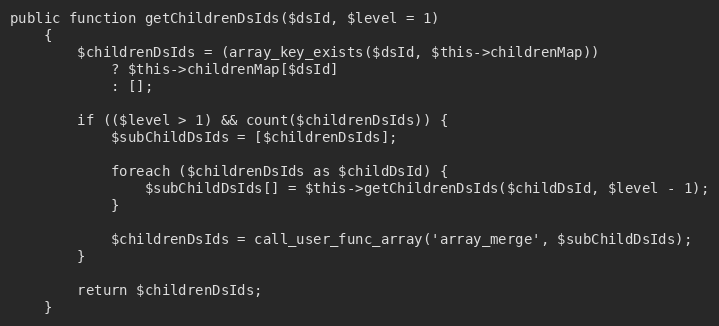
Language: PHP
public function getChildrenDsIds($dsId, $level = 1)
    {
        $childrenDsIds = (array_key_exists($dsId, $this->childrenMap))
            ? $this->childrenMap[$dsId]
            : [];

        if (($level > 1) && count($childrenDsIds)) {
            $subChildDsIds = [$childrenDsIds];

            foreach ($childrenDsIds as $childDsId) {
                $subChildDsIds[] = $this->getChildrenDsIds($childDsId, $level - 1);
            }

            $childrenDsIds = call_user_func_array('array_merge', $subChildDsIds);
        }

        return $childrenDsIds;
    }